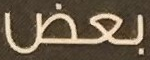
بعض